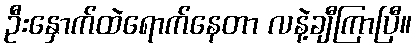
ဦးနှောက်ထဲရောက်နေတာ လနဲ့ချီကြာပြီ။